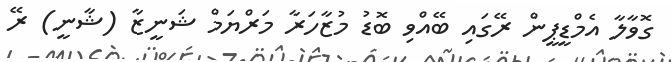
ގޮވާލާ އެމްޑީޕީން ރޭގައި ބޭއްވި ބޮޑު މުޒާހަރާ މަރްޔަމް ޝަނީޒާ (ޝާނީ) ރޭ